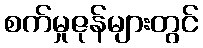
စက်မှုဇုန်များတွင်